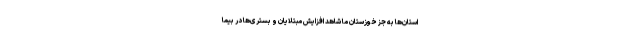
استان‌ها به جز خوزستان ما شاهد افزایش مبتلایان و بستری‌ها در بیما